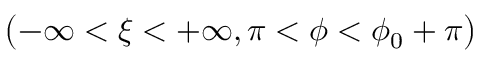
\displaystyle \bigl ( - \infty < \xi < + \infty , \pi < \phi < \phi _ { 0 } + \pi \bigr )